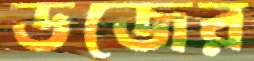
ডজের